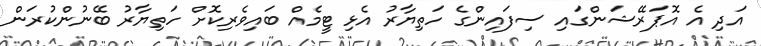
އަދި އެ އޮޕަރޭޝަންގައި ސިފައިންގެ ހަތިޔާރު އެޅި ޓީމެއް ބައިވެރިކޮށް ހަތިޔާރު ބޭނުންކުރަން